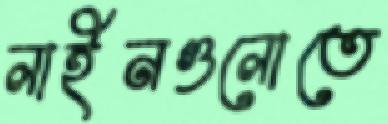
লাইনগুলোতে